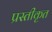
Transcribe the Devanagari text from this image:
प्रस्तीकृत